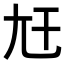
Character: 𡯋